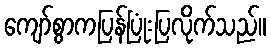
ကျော်စွာကပြန်ပြုံးပြလိုက်သည်။